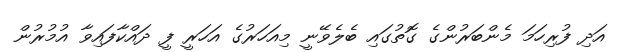
އަދި ފުރިހަމަ މެންބަރުންގެ ގޮތުގައި ބެލެވޭނީ މިއަހަރުގެ އަހަރީ ފީ ދައްކާފައިވާ އުމުރުން